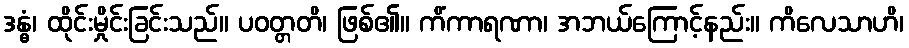
ဒန္ဓံ၊ ထိုင်းမှိုင်းခြင်းသည်။ ပဝတ္တတိ၊ ဖြစ်၏။ ကိံကာရဏာ၊ အဘယ်ကြောင့်နည်း။ ကိလေသာဟိ၊